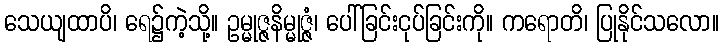
သေယျထာပိ၊ ရေ၌ကဲ့သို့။ ဥမ္မုဇ္ဇနိမ္မုဇ္ဇံ၊ ပေါ်ခြင်းငုပ်ခြင်းကို။ ကရောတိ၊ ပြုနိုင်သလော။